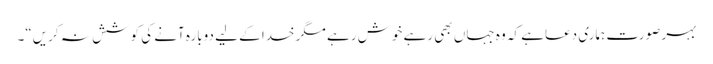
بہر صورت ہماری دعاہے کہ وہ جہاں بھی رہے خوش رہے مگر خدا کے لیے دوبارہ آنے کی کوشش نہ کریں“۔